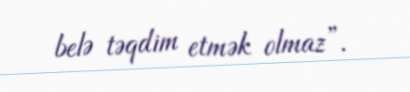
belə təqdim etmək olmaz”.